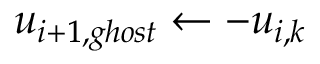
u _ { i + 1 , g h o s t } \leftarrow - u _ { i , k }